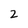
Character: 2